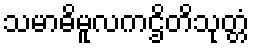
သမာဓိမူလကဌိတိသုတ္တံ